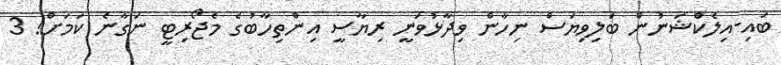
ބައި-އިލެކްޝަނުން ބަލިވިޔަސް ނިހާން ވިދާޅުވަނީ ރިޔާސީ އިންތިހާބުގެ މެޖޯރިޓީ ނަގާނެ ކަމަށް! 3